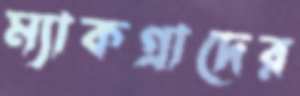
ম্যাকগ্রাদের